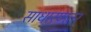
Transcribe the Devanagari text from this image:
साधारणतर